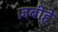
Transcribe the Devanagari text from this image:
ज़बीहे